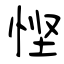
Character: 悭